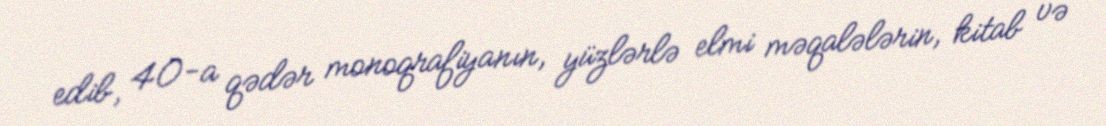
edib, 40-a qədər monoqrafiyanın, yüzlərlə elmi məqalələrin, kitab və